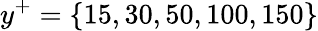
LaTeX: y^{+}=\{ 15,30,50,100,150\}